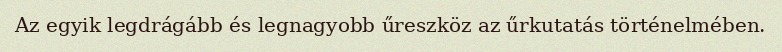
Az egyik legdrágább és legnagyobb űreszköz az űrkutatás történelmében.